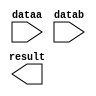
module mul_30 (
	dataa,
	datab,
	result);

	input	[29:0]  dataa;
	input	[17:0]  datab;
	output	[47:0]  result;

endmodule